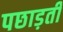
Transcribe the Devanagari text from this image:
पछाड़ती